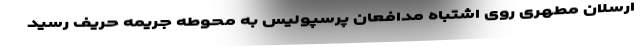
ارسلان مطهری روی اشتباه مدافعان پرسپولیس به محوطه جریمه حریف رسید